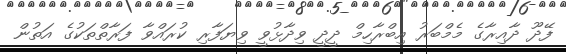
ފޭދޫ ދާއިރާގެ މެމްބަރު އިބްރާހިމް ދީދީ ވިދާޅުވީ ވިޔަފާރި ކުރައްވާ ފަރާތްތަކުގެ އަތުން